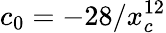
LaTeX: c_{0}=-28/x_{c}^{12}